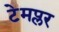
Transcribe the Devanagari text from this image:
टेमप्लर